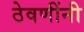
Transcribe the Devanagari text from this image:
ठेवणींनी